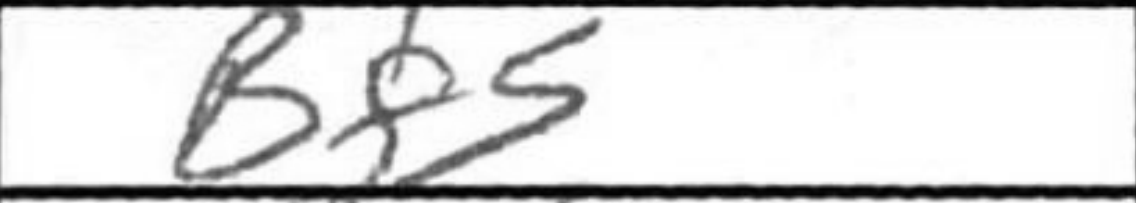
Transcription: Bf5